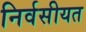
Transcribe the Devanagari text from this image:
निर्वसीयत